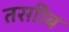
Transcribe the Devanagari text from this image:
तरग़ीब